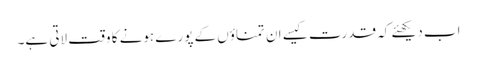
اب دیکھئے کہ قدرت کیسے ان تمناؤں کے پورے ہونے کا وقت لاتی ہے۔